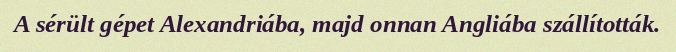
A sérült gépet Alexandriába, majd onnan Angliába szállították.